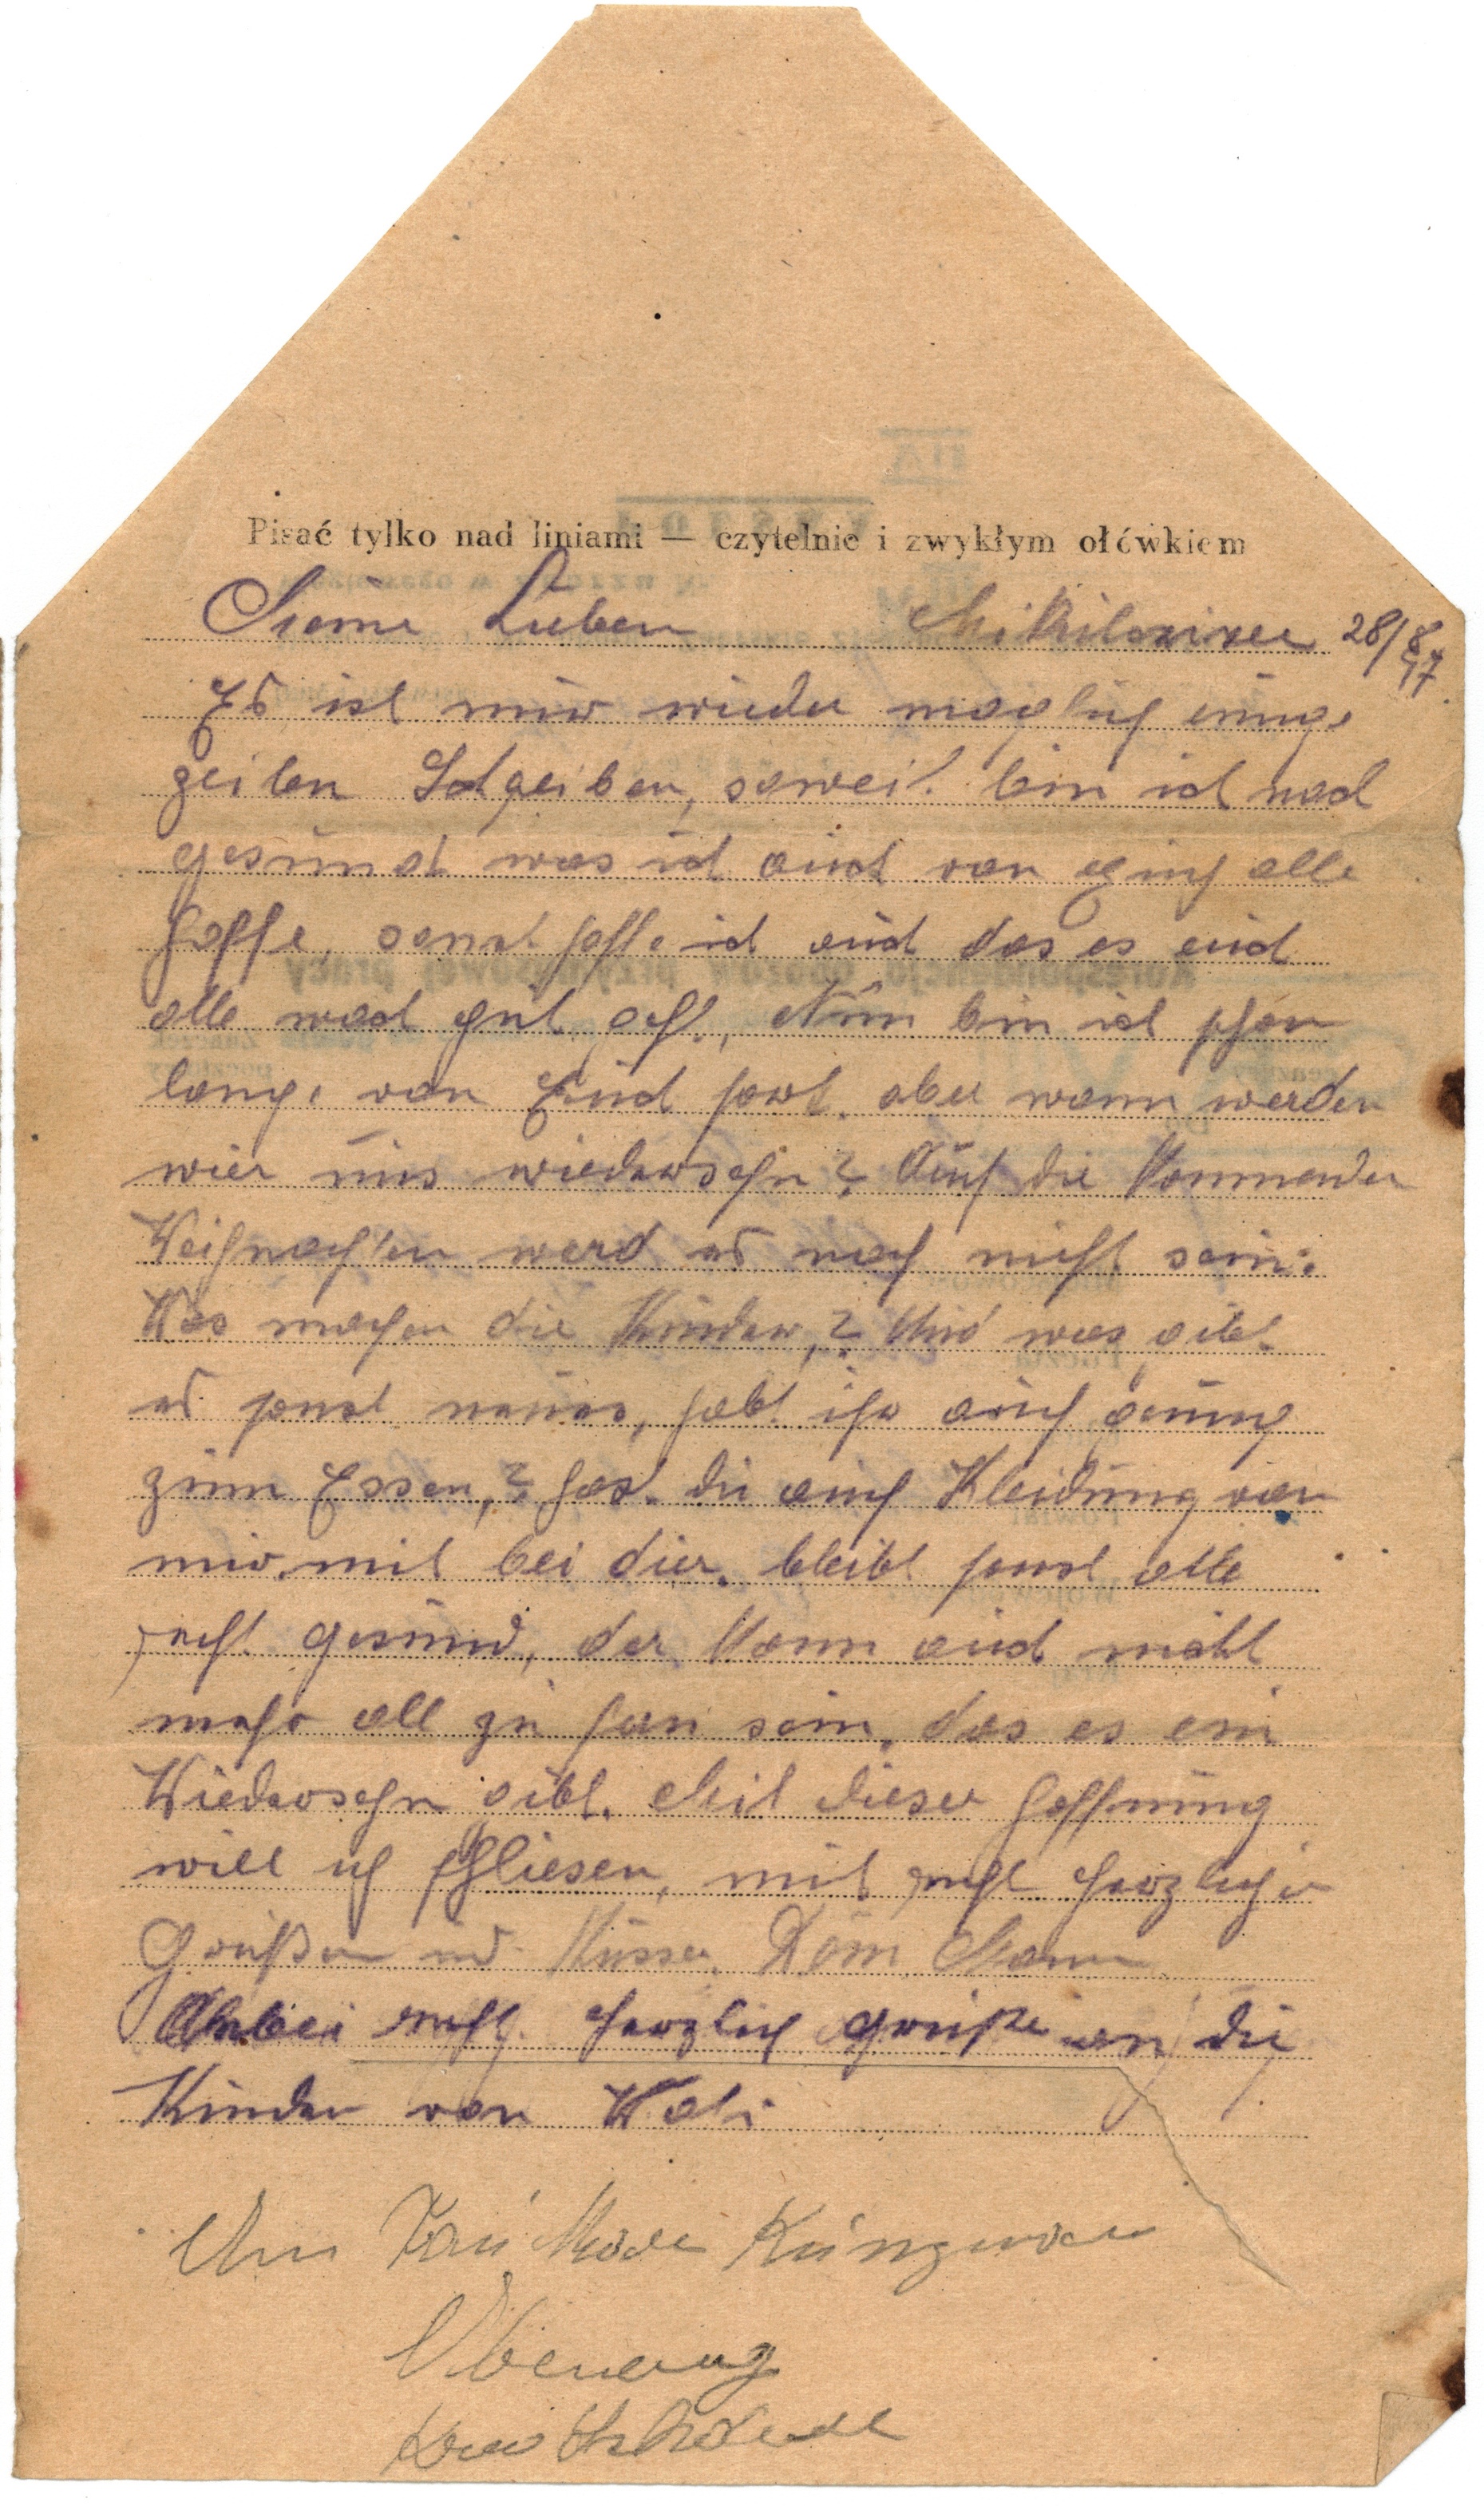
Meine Lieben   Mikilczizer 28/8 47.
Es ist mir wieder möglich einige
zeilen Schreiben, soweit bin ich noch
gesund was ich auch von Euch alle
hoffe, sonst hoffe ich auch daß es euch
alle recht gut geht. Nun bin ich schon
lang, von Euch fort. aber wann werden
wir uns wiedersehen? Auf die Kommenden
Weihnachten werd es noch nicht sein:
Was machen die Kinder? Und was gibt
es sonst neues, habt ihr auch genug
zum Essen? Hast du auch Kleidung von
mir, mit bei dier. bleibt sonst alle
recht gesund, der kann auch nicht
mehr all zu fern sein, das es ein
Wiedersehen gibt. Mit dieser Hoffnung
will ich schliesen, mit recht herzlichen
Grüßen und Küssen, Dein Mann
Anbei recht herzlich Grüße an die
Kinder von Vati
An Frau xxx Kunzmann
Abenberg
Kreis Salzwedl